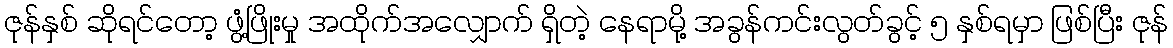
ဇုန်နှစ် ဆိုရင်တော့ ဖွံ့ဖြိုးမှု အထိုက်အလျှောက် ရှိတဲ့ နေရာမို့ အခွန်ကင်းလွတ်ခွင့် ၅ နှစ်ရမှာ ဖြစ်ပြီး ဇုန်